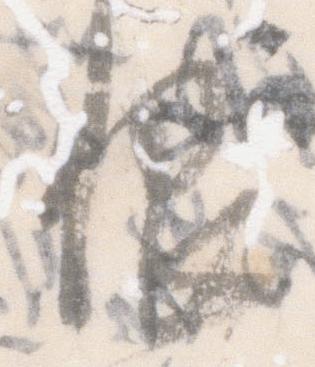
恨